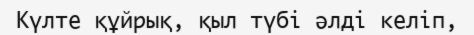
Күлте құйрық, қыл түбі әлді келіп,